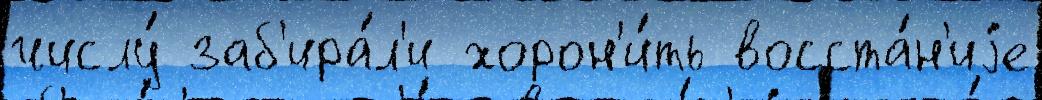
числу́ заб'ира́л'и хорон'и́ть восста́н'иjе